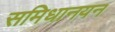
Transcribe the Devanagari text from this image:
समिधानयन